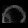
Digit: ၈